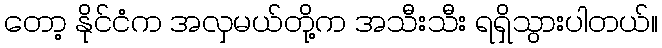
တော့ နိုင်ငံက အလှမယ်တို့က အသီးသီး ရရှိသွားပါတယ်။